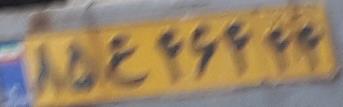
۸۵ع۴۶۴۴۴